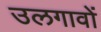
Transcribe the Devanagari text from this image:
उलगावों